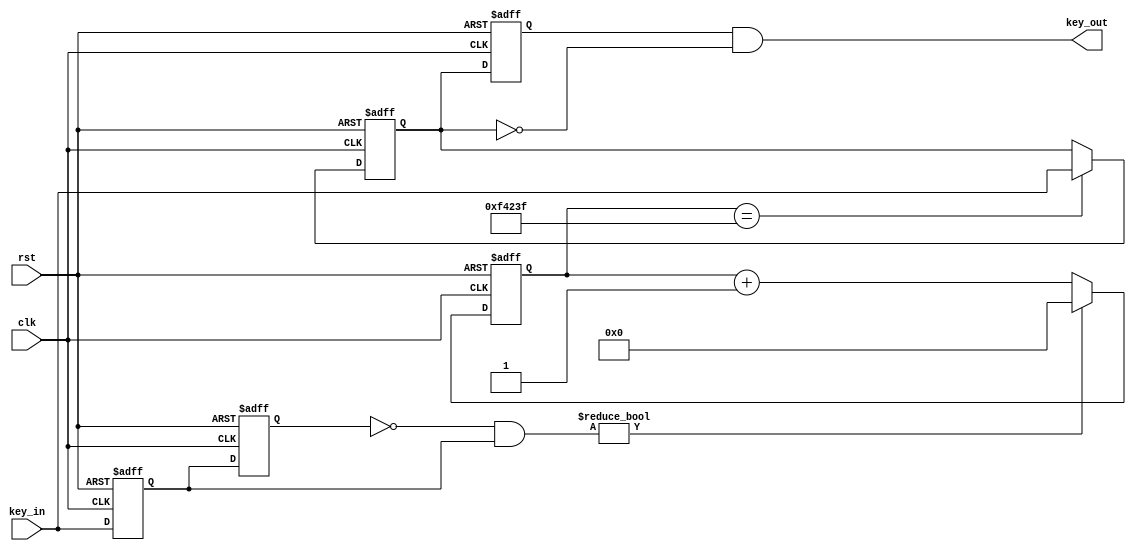
module debounce (
	input clk,
   input rst,
   input [4:0] key_in,         //					
	output [4:0] key_out        //
);
 
   reg [4:0] key_now_pre = 5'b11111;         //
   reg [4:0] key_now = 5'b11111;              //
   wire [4:0] key_edge;           //
 
   always @(posedge clk or posedge rst) begin
		if (rst) begin
			key_now <= {5{1'b1}};
			key_now_pre <= {5{1'b1}};
		end
      else begin
			key_now <= key_in;         //
         key_now_pre <= key_now;    //alwayskey_nowkey_now_pre
      end    
	end
		
	assign key_edge = (~key_now_pre) & (key_now);//keykey_edge
 
   reg [19:0] cnt;

	//key20ms
	always @(posedge clk or posedge rst) begin
		if(rst)
			cnt <= 20'h0;
		else if(key_edge)
         cnt <= 20'h0;
      else
         cnt <= cnt + 1'd1;
      end  
 
	reg [4:0] key_new_pre;	//
   reg [4:0] key_new;                    
 
	//key
   always @(posedge clk or posedge rst)begin
		if (rst)
			key_new <= {5{1'b1}};
      else if (cnt == 20'hf423f)
         key_new <= key_in;  
      end
		
   always @(posedge clk or posedge rst) begin
		if (rst)
			key_new_pre <= 1'h1;
      else                   
         key_new_pre <= key_new;             
      end      
	assign key_out = key_new_pre & (~key_new);
endmodule